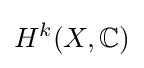
H^{k}(X,\mathbb {C} )